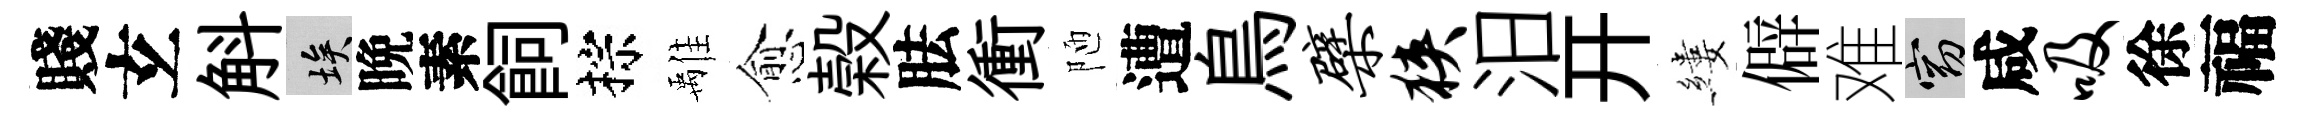
賤𤣥斛埃晩素飼棕𩀌愈榖胠衝陋遭鳥檗狭汨开縷僻难窈咸吸徐福